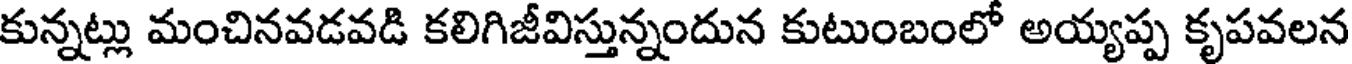
కున్నట్లు మంచినవడవడి కలిగిజీవిస్తున్నందున కుటుంబంలో అయ్యప్ప కృపవలన